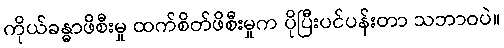
ကိုယ်ခန္ဓာဖိစီးမှု ထက်စိတ်ဖိစီးမှုက ပိုပြီးပင်ပန်းတာ သဘာဝပဲ။